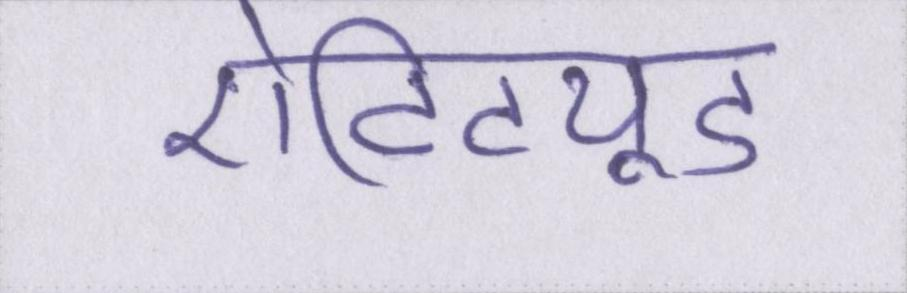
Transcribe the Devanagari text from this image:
ऐटिट्यूड